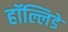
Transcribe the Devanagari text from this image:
हॉल्लिडे